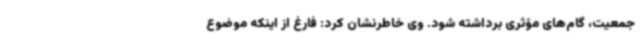
جمعیت، گام‌های مؤثری برداشته شود. وی خاطرنشان کرد: فارغ از اینکه موضوع